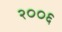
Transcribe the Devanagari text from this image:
२००६